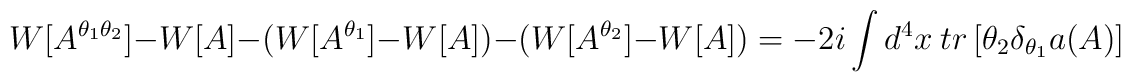
W[A^{\theta_1\theta_2}]-W[A]-(W[A^{\theta_1}]-W[A])-(W[A^{\theta_2}]-W[A])=-2i\int d^4 x\  tr\left[\theta_2\delta_{\theta_1}a(A)\right]